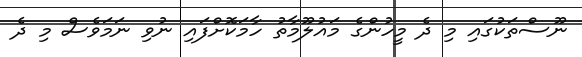
ނޫސްތަކުގައި މި ދެ މީހުންގެ މައުލޫމާތު ހާމަކޮށްފައި ނުވި ނަމަވެސް މި ދެ